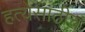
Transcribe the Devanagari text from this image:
हत्येसाठीच